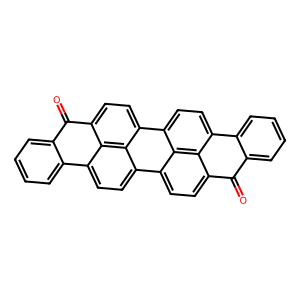
SMILES: O=c1c2ccccc2c2ccc3c4ccc5c(=O)c6ccccc6c6ccc(c7ccc1c2c73)c4c56
Inhibits HIV replication: No